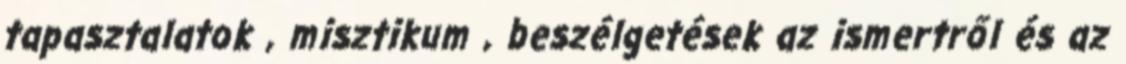
tapasztalatok , misztikum , beszélgetések az ismertről és az